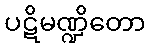
ပဋိမဏ္ဍိတော